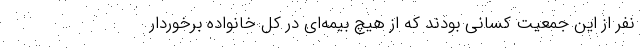
نفر از این جمعیت کسانی بودند که از هیچ بیمه‌ای در کل خانواده برخوردار